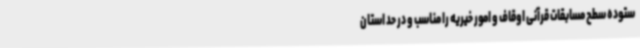
ستوده سطح مسابقات قرآنی اوقاف و امور خیریه را مناسب و در حد استان